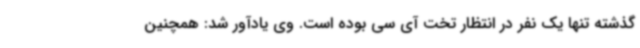
گذشته تنها یک نفر در انتظار تخت آی سی بوده است. وی یادآور شد: همچنین